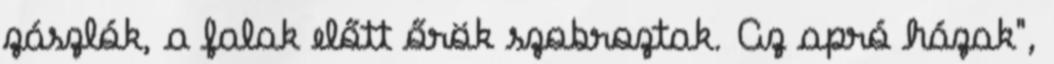
zászlók, a falak előtt őrök szobroztak. Az apró házak",